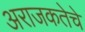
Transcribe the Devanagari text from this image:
अराजकतेचे